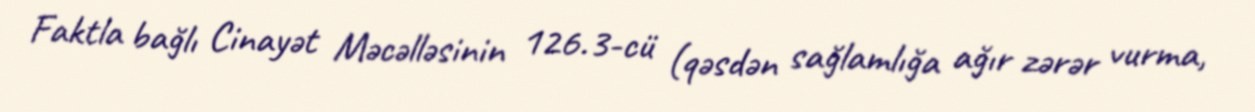
Faktla bağlı Cinayət Məcəlləsinin 126.3-cü (qəsdən sağlamlığa ağır zərər vurma,